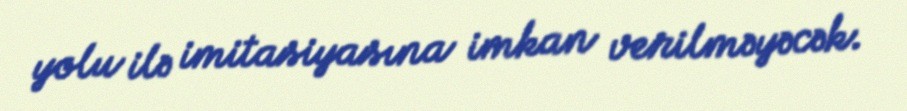
yolu ilə imitasiyasına imkan verilməyəcək.